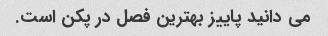
می دانید پاییز بهترین فصل در پکن است.